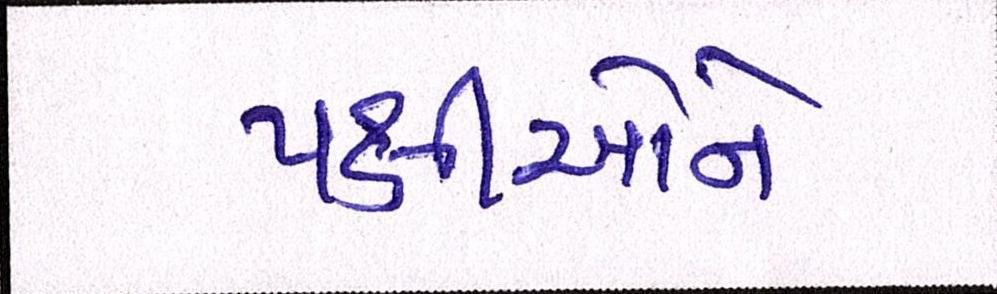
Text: પક્ષીઓને